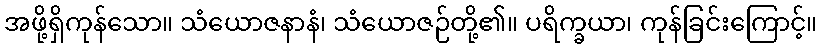
အဖို့ရှိကုန်သော။ သံယောဇနာနံ၊ သံယောဇဉ်တို့၏။ ပရိက္ခယာ၊ ကုန်ခြင်းကြောင့်။